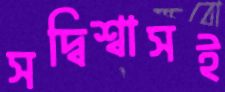
সদ্বিশ্বাসই